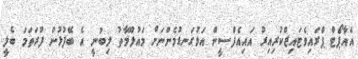
އެއާޕޯޓް ޕްރައިވެޓައިޒްކުރިއިރު އައިއެފްސީން އަޅުގަނޑުމެންނަށް މައުލޫމާތު ލިބުނީ އެ ބޭފުޅުން ފުރަތަމަ ބެލީ